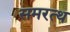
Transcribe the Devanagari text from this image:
समरत्थ